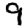
Digit: 9